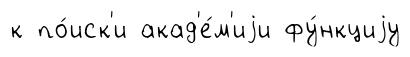
к по́иск'и акад'е́м'иjи фу́нкциjу